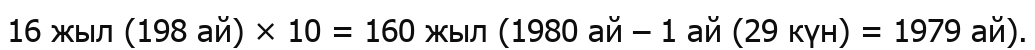
16 жыл (198 ай) × 10 = 160 жыл (1980 ай – 1 ай (29 күн) = 1979 ай).